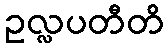
ဥလ္လပတီတိ